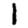
Digit: 1